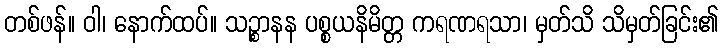
တစ်ဖန်။ ဝါ၊ နောက်ထပ်။ သဉ္စာနန ပစ္စယနိမိတ္တ ကရဏရသာ၊ မှတ်သိ သိမှတ်ခြင်း၏